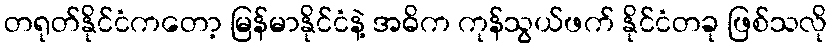
တရုတ်နိုင်ငံကတော့ မြန်မာနိုင်ငံနဲ့ အဓိက ကုန်သွယ်ဖက် နိုင်ငံတခု ဖြစ်သလို